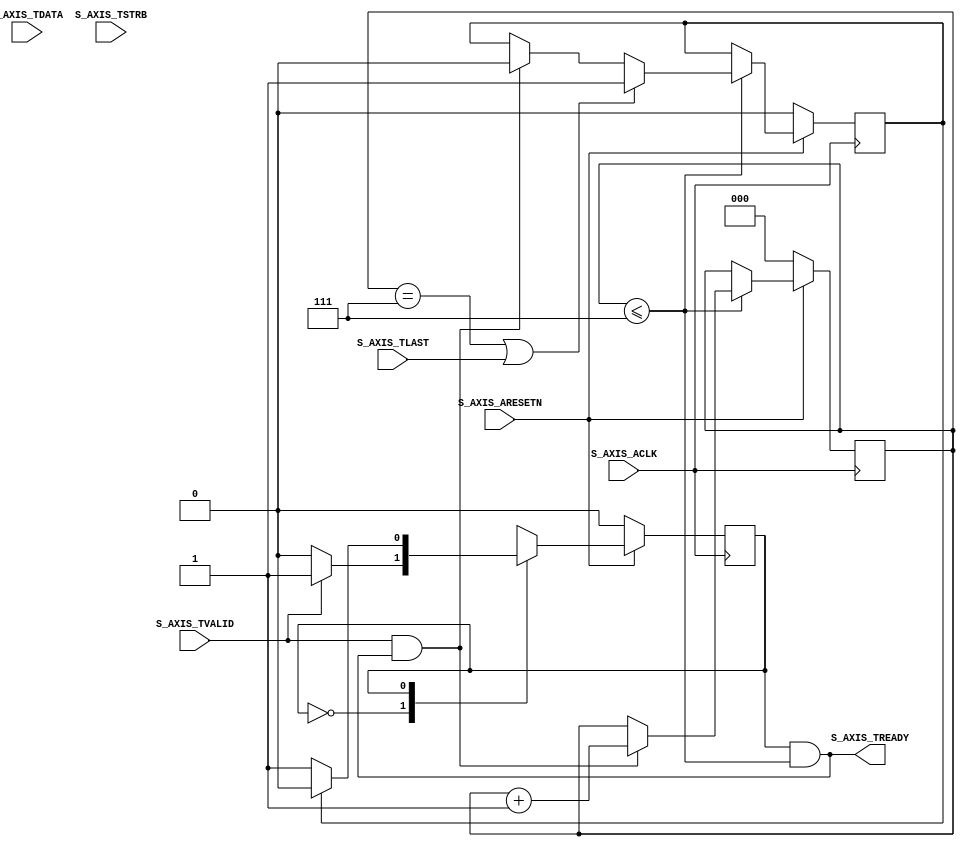

`timescale 1 ns / 1 ps

	module q_kl_v1_0_S_N #
	(
		// Users to add parameters here

		// User parameters ends
		// Do not modify the parameters beyond this line

		// AXI4Stream sink: Data Width
		parameter integer C_S_AXIS_TDATA_WIDTH	= 32
	)
	(
		// Users to add ports here

		// User ports ends
		// Do not modify the ports beyond this line

		// AXI4Stream sink: Clock
		input wire  S_AXIS_ACLK,
		// AXI4Stream sink: Reset
		input wire  S_AXIS_ARESETN,
		// Ready to accept data in
		output wire  S_AXIS_TREADY,
		// Data in
		input wire [C_S_AXIS_TDATA_WIDTH-1 : 0] S_AXIS_TDATA,
		// Byte qualifier
		input wire [(C_S_AXIS_TDATA_WIDTH/8)-1 : 0] S_AXIS_TSTRB,
		// Indicates boundary of last packet
		input wire  S_AXIS_TLAST,
		// Data is in valid
		input wire  S_AXIS_TVALID
	);
	// function called clogb2 that returns an integer which has the 
	// value of the ceiling of the log base 2.
	function integer clogb2 (input integer bit_depth);
	  begin
	    for(clogb2=0; bit_depth>0; clogb2=clogb2+1)
	      bit_depth = bit_depth >> 1;
	  end
	endfunction

	// Total number of input data.
	localparam NUMBER_OF_INPUT_WORDS  = 8;
	// bit_num gives the minimum number of bits needed to address 'NUMBER_OF_INPUT_WORDS' size of FIFO.
	localparam bit_num  = clogb2(NUMBER_OF_INPUT_WORDS-1);
	// Define the states of state machine
	// The control state machine oversees the writing of input streaming data to the FIFO,
	// and outputs the streaming data from the FIFO
	parameter [1:0] IDLE = 1'b0,        // This is the initial/idle state 

	                WRITE_FIFO  = 1'b1; // In this state FIFO is written with the
	                                    // input stream data S_AXIS_TDATA 
	wire  	axis_tready;
	// State variable
	reg mst_exec_state;  
	// FIFO implementation signals
	genvar byte_index;     
	// FIFO write enable
	wire fifo_wren;
	// FIFO full flag
	reg fifo_full_flag;
	// FIFO write pointer
	reg [bit_num-1:0] write_pointer;
	// sink has accepted all the streaming data and stored in FIFO
	  reg writes_done;
	// I/O Connections assignments

	assign S_AXIS_TREADY	= axis_tready;
	// Control state machine implementation
	always @(posedge S_AXIS_ACLK) 
	begin  
	  if (!S_AXIS_ARESETN) 
	  // Synchronous reset (active low)
	    begin
	      mst_exec_state <= IDLE;
	    end  
	  else
	    case (mst_exec_state)
	      IDLE: 
	        // The sink starts accepting tdata when 
	        // there tvalid is asserted to mark the
	        // presence of valid streaming data 
	          if (S_AXIS_TVALID)
	            begin
	              mst_exec_state <= WRITE_FIFO;
	            end
	          else
	            begin
	              mst_exec_state <= IDLE;
	            end
	      WRITE_FIFO: 
	        // When the sink has accepted all the streaming input data,
	        // the interface swiches functionality to a streaming master
	        if (writes_done)
	          begin
	            mst_exec_state <= IDLE;
	          end
	        else
	          begin
	            // The sink accepts and stores tdata 
	            // into FIFO
	            mst_exec_state <= WRITE_FIFO;
	          end

	    endcase
	end
	// AXI Streaming Sink 
	// 
	// The example design sink is always ready to accept the S_AXIS_TDATA  until
	// the FIFO is not filled with NUMBER_OF_INPUT_WORDS number of input words.
	assign axis_tready = ((mst_exec_state == WRITE_FIFO) && (write_pointer <= NUMBER_OF_INPUT_WORDS-1));

	always@(posedge S_AXIS_ACLK)
	begin
	  if(!S_AXIS_ARESETN)
	    begin
	      write_pointer <= 0;
	      writes_done <= 1'b0;
	    end  
	  else
	    if (write_pointer <= NUMBER_OF_INPUT_WORDS-1)
	      begin
	        if (fifo_wren)
	          begin
	            // write pointer is incremented after every write to the FIFO
	            // when FIFO write signal is enabled.
	            write_pointer <= write_pointer + 1;
	            writes_done <= 1'b0;
	          end
	          if ((write_pointer == NUMBER_OF_INPUT_WORDS-1)|| S_AXIS_TLAST)
	            begin
	              // reads_done is asserted when NUMBER_OF_INPUT_WORDS numbers of streaming data 
	              // has been written to the FIFO which is also marked by S_AXIS_TLAST(kept for optional usage).
	              writes_done <= 1'b1;
	            end
	      end  
	end

	// FIFO write enable generation
	assign fifo_wren = S_AXIS_TVALID && axis_tready;

	// FIFO Implementation
	generate 
	  for(byte_index=0; byte_index<= (C_S_AXIS_TDATA_WIDTH/8-1); byte_index=byte_index+1)
	  begin:FIFO_GEN

	    reg  [(C_S_AXIS_TDATA_WIDTH/4)-1:0] stream_data_fifo [0 : NUMBER_OF_INPUT_WORDS-1];

	    // Streaming input data is stored in FIFO

	    always @( posedge S_AXIS_ACLK )
	    begin
	      if (fifo_wren)// && S_AXIS_TSTRB[byte_index])
	        begin
	          stream_data_fifo[write_pointer] <= S_AXIS_TDATA[(byte_index*8+7) -: 8];
	        end  
	    end  
	  end		
	endgenerate

	// Add user logic here

	// User logic ends

	endmodule